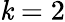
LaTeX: \mathit{k}=2